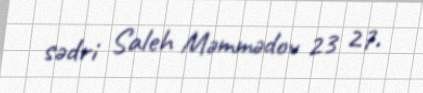
sədri Saleh Məmmədov 23 27.